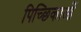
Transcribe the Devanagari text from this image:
पिच्छिकाओं